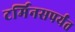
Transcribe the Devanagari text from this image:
टर्मिनसपर्यंत